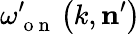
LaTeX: \omega_{\mathrm{~o~n~}}^{\prime}\left(k,\mathbf{n}^{\prime}\right)